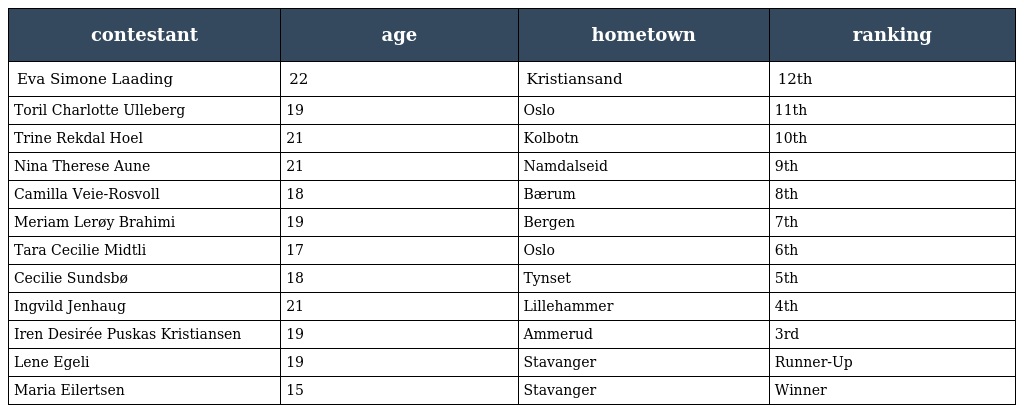
| contestant | age | hometown | ranking |
 | --- | --- | --- | --- |
 | Eva Simone Laading | 22 | Kristiansand | 12th |
 | Toril Charlotte Ulleberg | 19 | Oslo | 11th |
 | Trine Rekdal Hoel | 21 | Kolbotn | 10th |
 | Nina Therese Aune | 21 | Namdalseid | 9th |
 | Camilla Veie-Rosvoll | 18 | Bærum | 8th |
 | Meriam Lerøy Brahimi | 19 | Bergen | 7th |
 | Tara Cecilie Midtli | 17 | Oslo | 6th |
 | Cecilie Sundsbø | 18 | Tynset | 5th |
 | Ingvild Jenhaug | 21 | Lillehammer | 4th |
 | Iren Desirée Puskas Kristiansen | 19 | Ammerud | 3rd |
 | Lene Egeli | 19 | Stavanger | Runner-Up |
 | Maria Eilertsen | 15 | Stavanger | Winner |